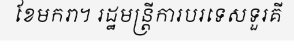
ខែមករា។ រដ្ឋមន្ត្រីការបរទេសទួរគី